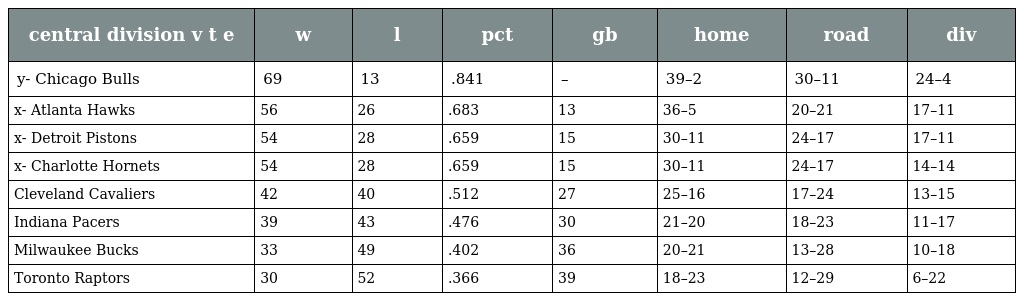
| central division v t e | w | l | pct | gb | home | road | div |
 | --- | --- | --- | --- | --- | --- | --- | --- |
 | y- Chicago Bulls | 69 | 13 | .841 | – | 39–2 | 30–11 | 24–4 |
 | x- Atlanta Hawks | 56 | 26 | .683 | 13 | 36–5 | 20–21 | 17–11 |
 | x- Detroit Pistons | 54 | 28 | .659 | 15 | 30–11 | 24–17 | 17–11 |
 | x- Charlotte Hornets | 54 | 28 | .659 | 15 | 30–11 | 24–17 | 14–14 |
 | Cleveland Cavaliers | 42 | 40 | .512 | 27 | 25–16 | 17–24 | 13–15 |
 | Indiana Pacers | 39 | 43 | .476 | 30 | 21–20 | 18–23 | 11–17 |
 | Milwaukee Bucks | 33 | 49 | .402 | 36 | 20–21 | 13–28 | 10–18 |
 | Toronto Raptors | 30 | 52 | .366 | 39 | 18–23 | 12–29 | 6–22 |